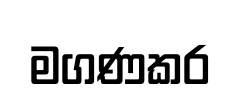
මගණකර